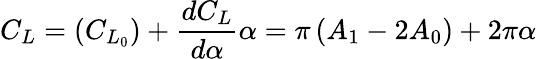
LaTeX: C_{L}=\left(C_{L_{0}}\right)+\frac{dC_{L}}{d\alpha}\alpha=\pi\left(A_{1}-2A_{0}\right)+2\pi\alpha